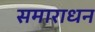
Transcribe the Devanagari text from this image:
समाराधन